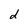
Character: d